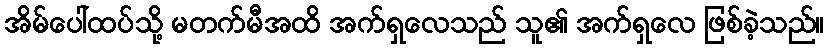
အိမ်ပေါ်ထပ်သို့ မတက်မီအထိ အက်ရှလေသည် သူ၏ အက်ရှလေ ဖြစ်ခဲ့သည်။